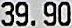
39.90